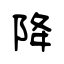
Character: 降